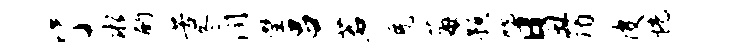
了水酌苦冬润璧吕茗免莓预吮日丑谒皮恍